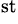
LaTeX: ^\mathrm{st}